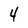
Character: 4